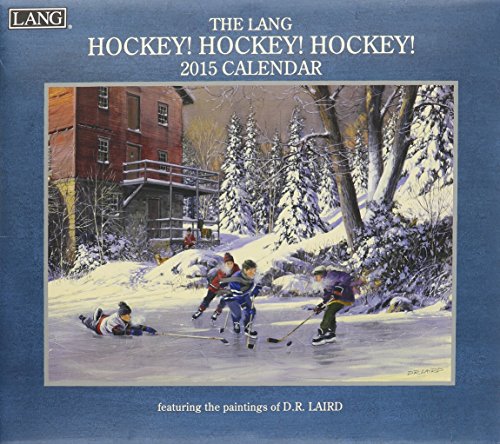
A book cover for The Lang Hockey! Hockey! Hockey! 2015 Calendar; Calendars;